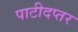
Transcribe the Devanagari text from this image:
पाटीदप्तर